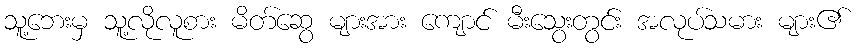
သူ့ဘေးမှ သူ့လိုလူစား မိတ်ဆွေ များအား ကျောင် မီးသွေးတွင်း အလုပ်သမား များ၏